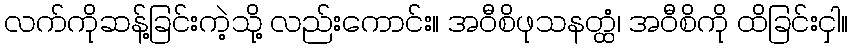
လက်ကိုဆန့်ခြင်းကဲ့သို့ လည်းကောင်း။ အဝီစိဖုသနတ္ထံ၊ အဝီစိကို ထိခြင်းငှါ။